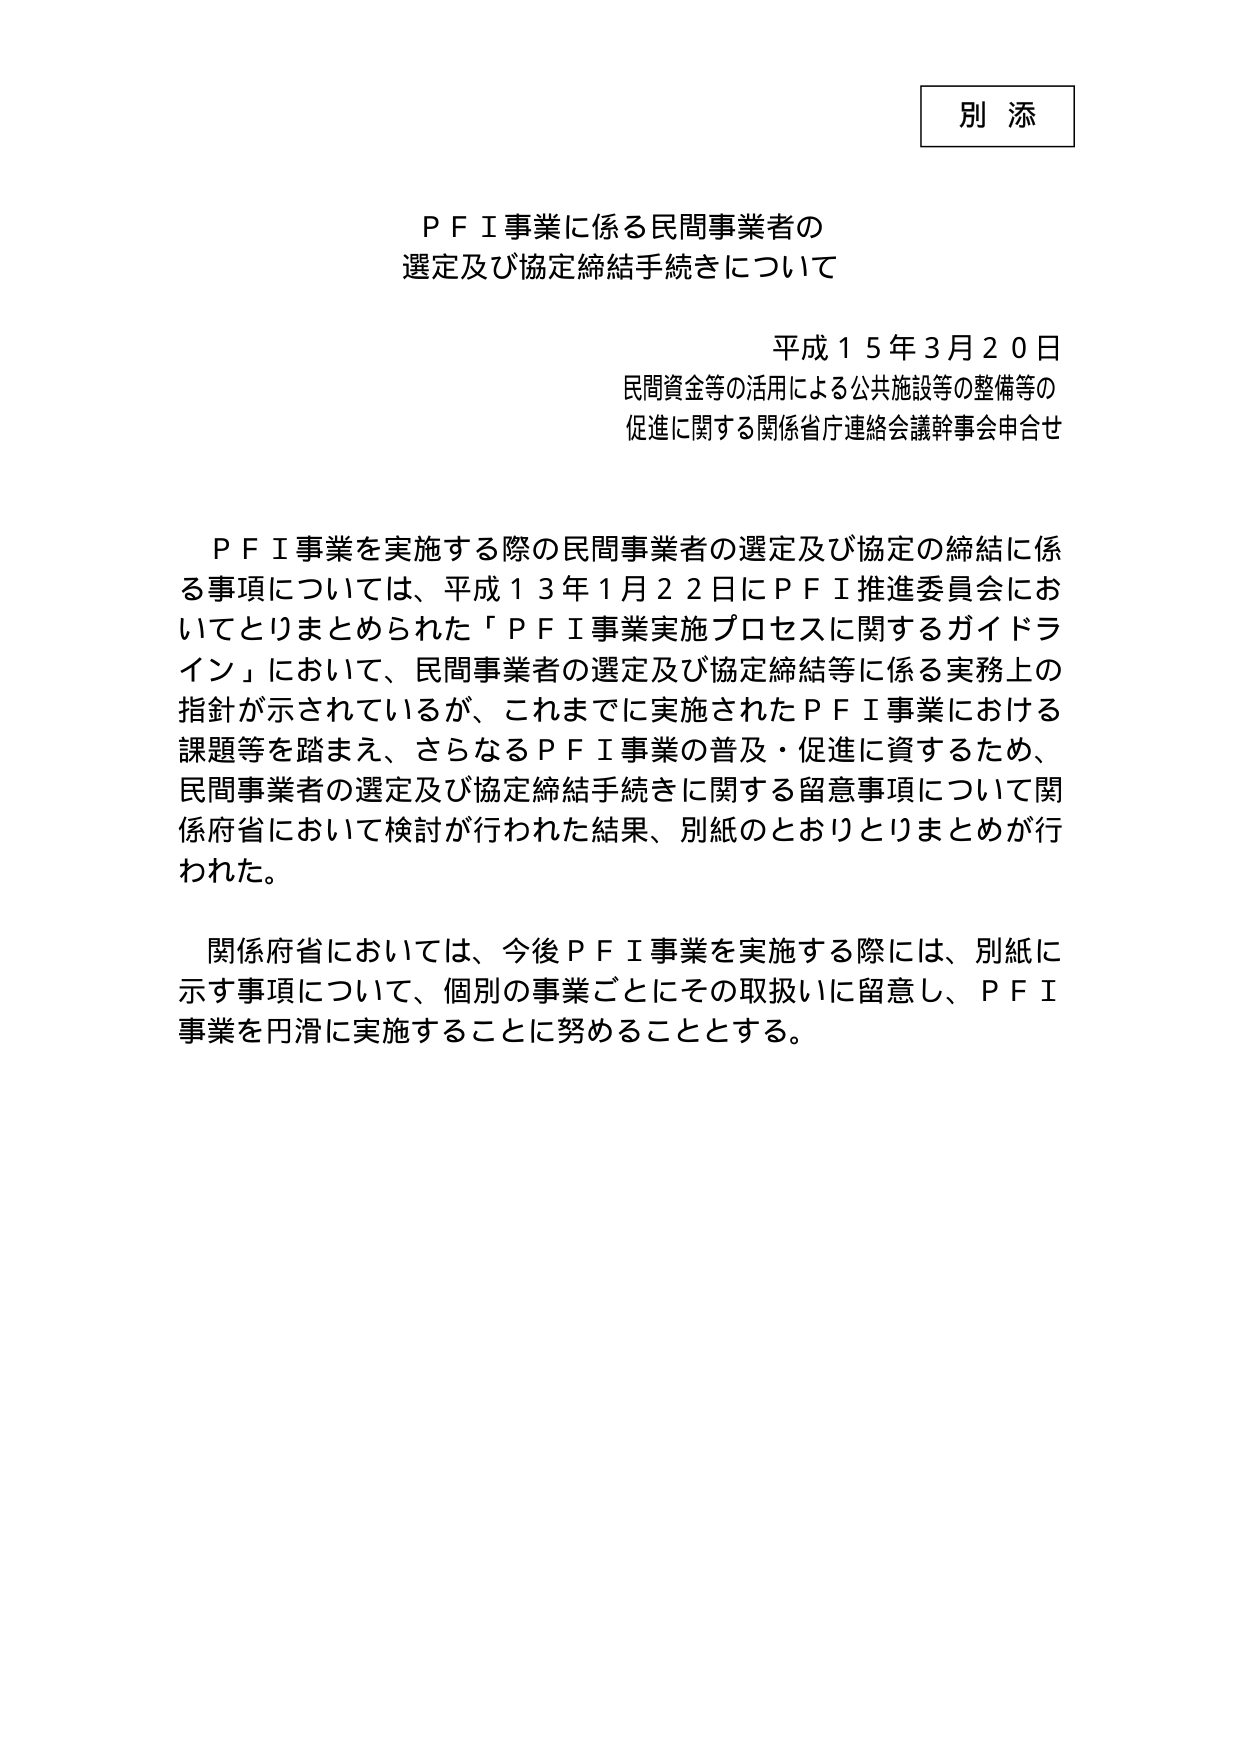
別 添

ＰＦＩ事業に係る民間事業者の
選定及び協定締結手続きについて

平成１５年３月２０日
民間資金等の活用による公共施設等の整備等の
促進に関する関係省庁連絡会議幹事会申合せ

ＰＦＩ事業を実施する際の民間事業者の選定及び協定の締結に係
る事項については、平成１３年１月２２日にＰＦＩ推進委員会にお
いてとりまとめられた「ＰＦＩ事業実施プロセスに関するガイドラ
イン」において、民間事業者の選定及び協定締結等に係る実務上の
指針が示されているが、これまでに実施されたＰＦＩ事業における
課題等を踏まえ、さらなるＰＦＩ事業の普及・促進に資するため、
民間事業者の選定及び協定締結手続きに関する留意事項について関
係府省において検討が行われた結果、別紙のとおりとりまとめが行
われた。

関係府省においては、今後ＰＦＩ事業を実施する際には、別紙に
示す事項について、個別の事業ごとにその取扱いに留意し、ＰＦＩ
事業を円滑に実施することに努めることとする。